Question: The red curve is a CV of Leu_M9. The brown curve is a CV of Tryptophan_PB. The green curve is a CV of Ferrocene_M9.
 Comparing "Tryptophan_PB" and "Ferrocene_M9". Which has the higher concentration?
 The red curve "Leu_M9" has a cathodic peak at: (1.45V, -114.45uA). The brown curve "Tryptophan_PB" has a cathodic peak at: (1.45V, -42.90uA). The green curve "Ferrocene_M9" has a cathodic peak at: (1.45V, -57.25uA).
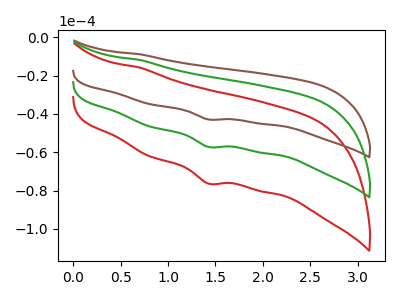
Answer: <think>All the peaks in "Tryptophan_PB" have a peak in "Ferrocene_M9" at the same potential. Every peak in "Tryptophan_PB" is lower than every peak in "Ferrocene_M9".
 </think>
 <answer>"Tryptophan_PB" has less signal than "Ferrocene_M9" and so likely has a lower concentration.</answer>
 <eval>less_concentration</eval>